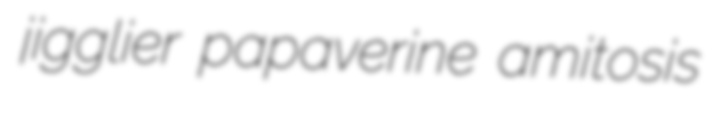
jigglier papaverine amitosis